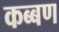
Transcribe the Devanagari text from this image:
कब्बण